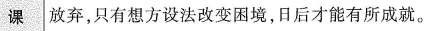
课放弃，只有想方设法改变困境，日后才能有所成就。